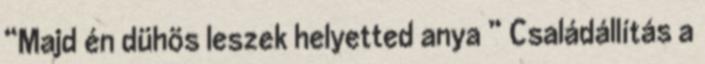
“Majd én dühös leszek helyetted anya ” Családállítás a